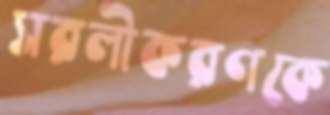
সরলীকরণকে